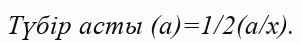
Түбір асты (а)=1/2(a/x).